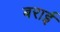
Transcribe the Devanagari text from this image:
बराई